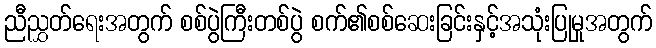
ညီညွှတ်ရေးအတွက် စစ်ပွဲကြီးတစ်ပွဲ စက်၏စစ်ဆေးခြင်းနှင့်အသုံးပြုမှုအတွက်